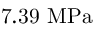
\mathrm { 7 . 3 9 \ M P a }